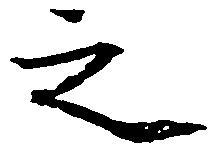
之